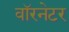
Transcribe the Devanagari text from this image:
वॉरनेटर